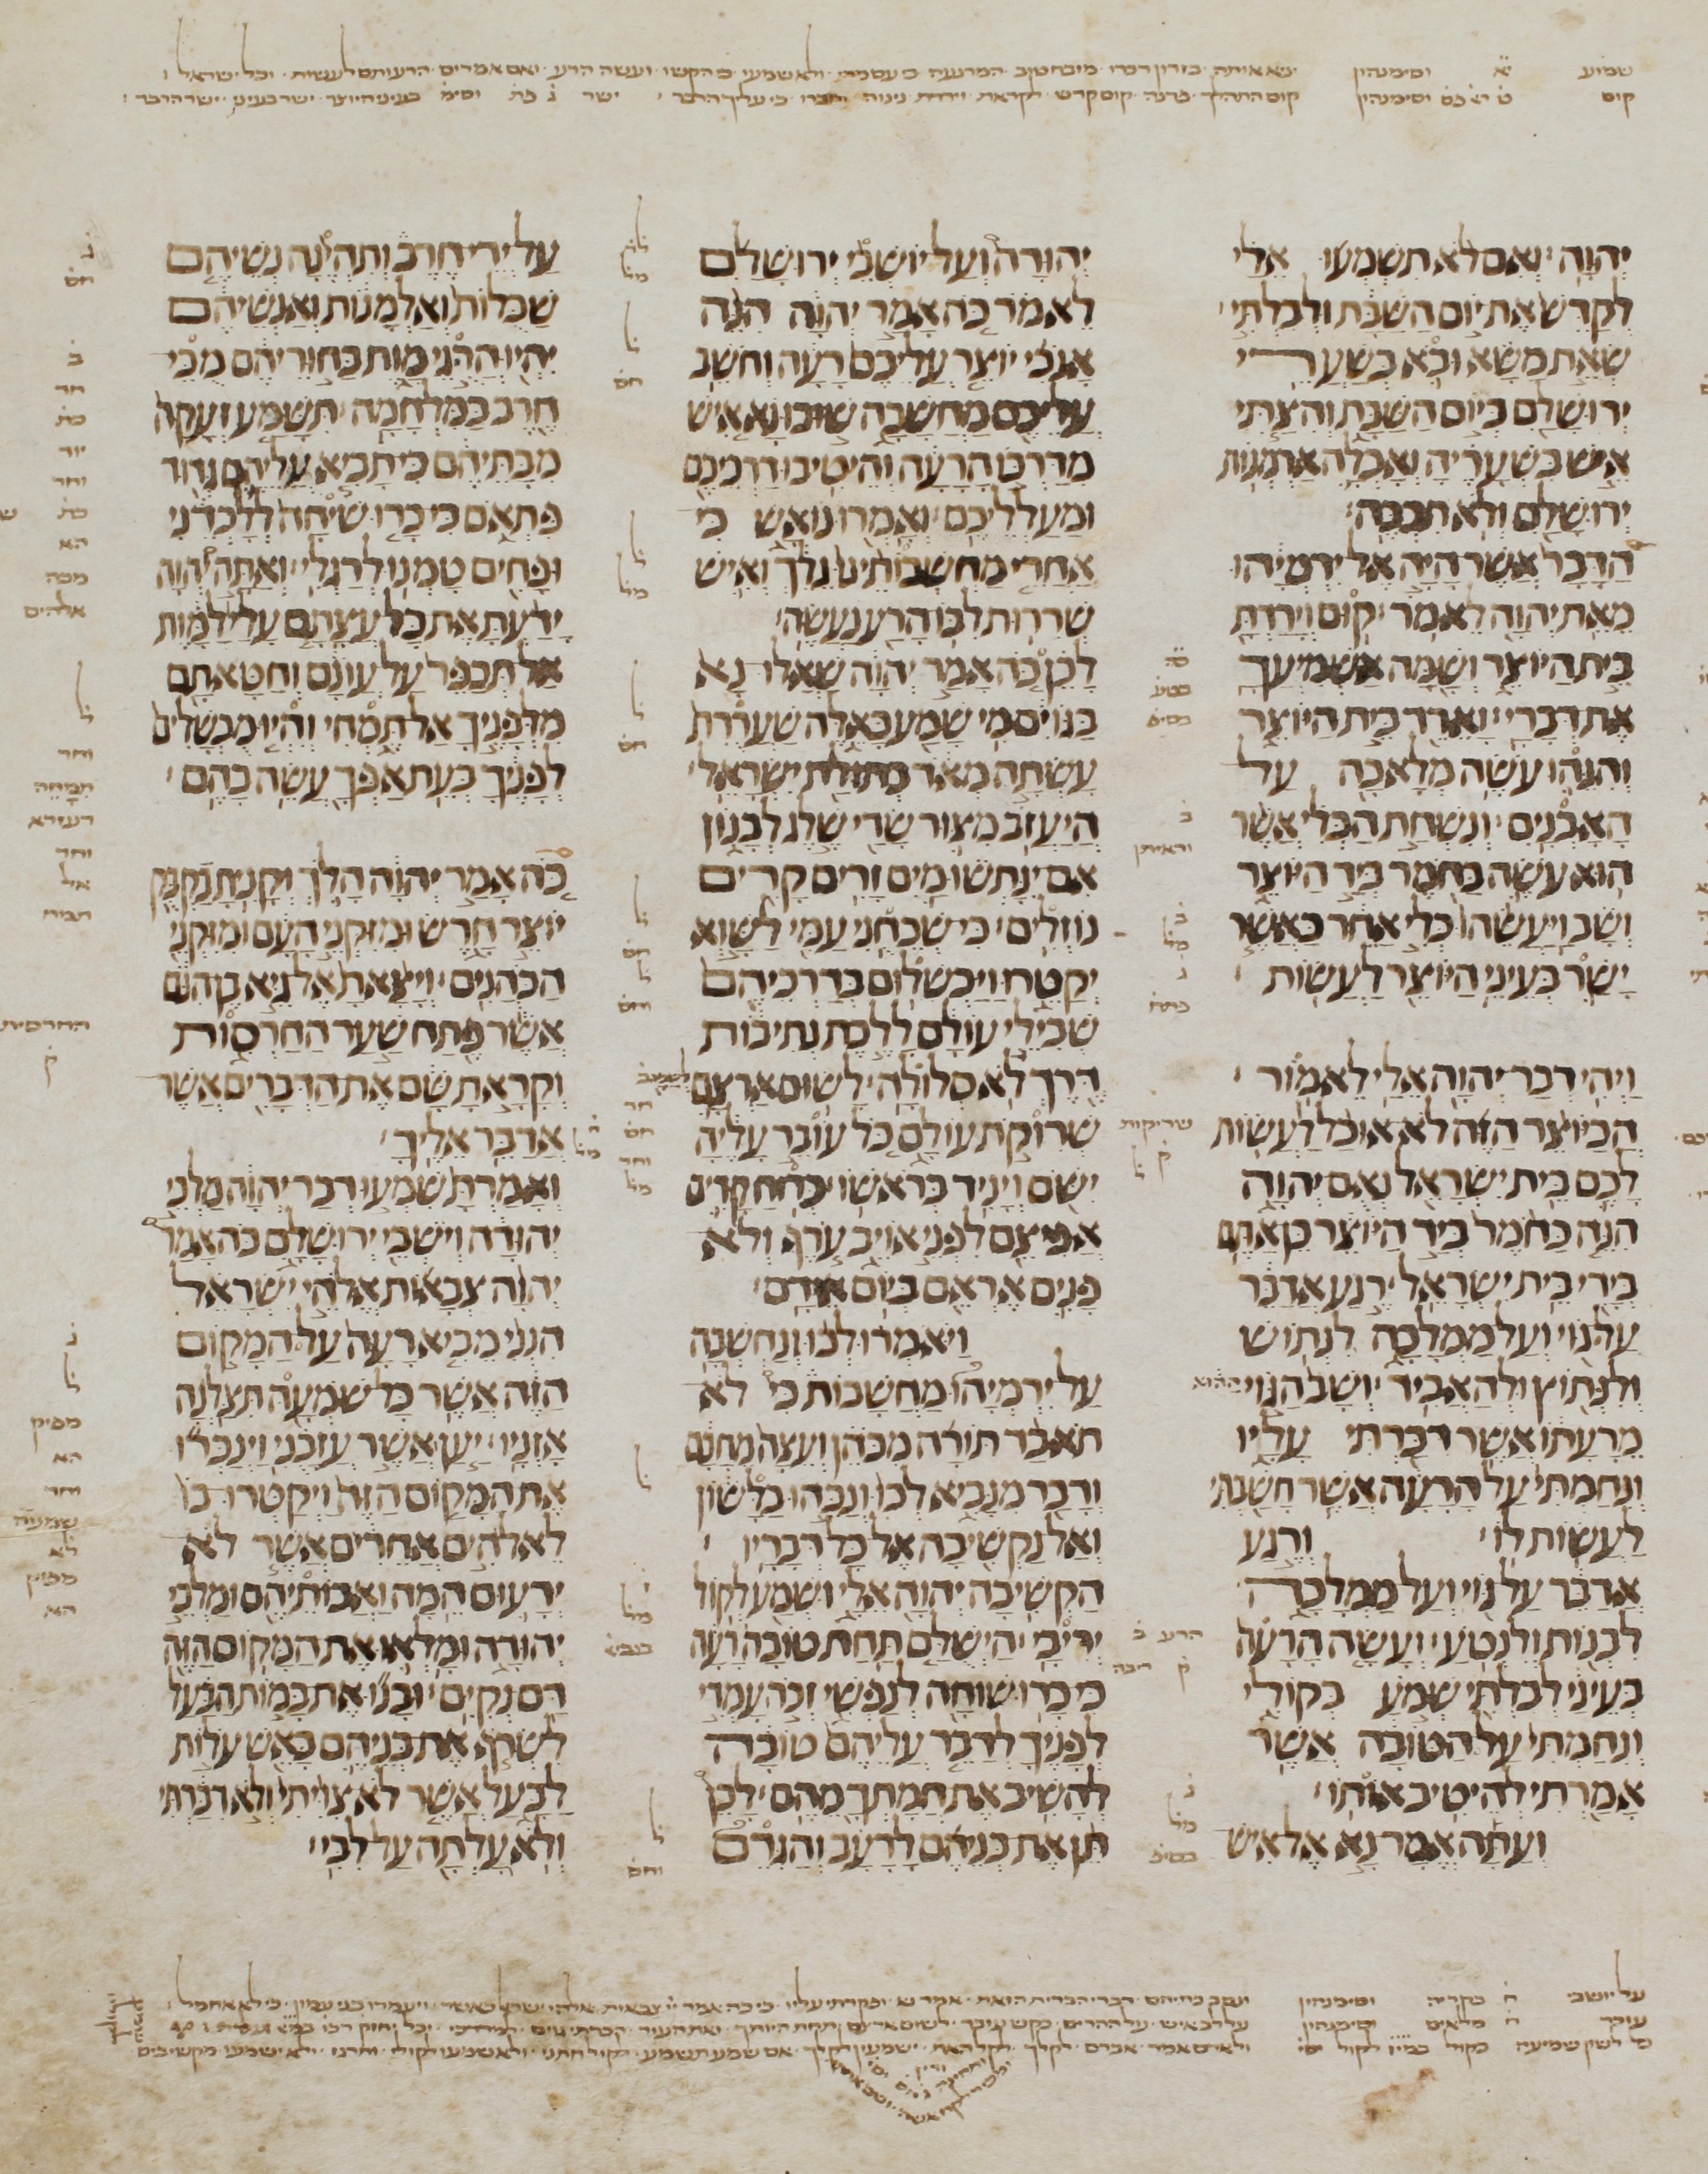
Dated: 1200–1299